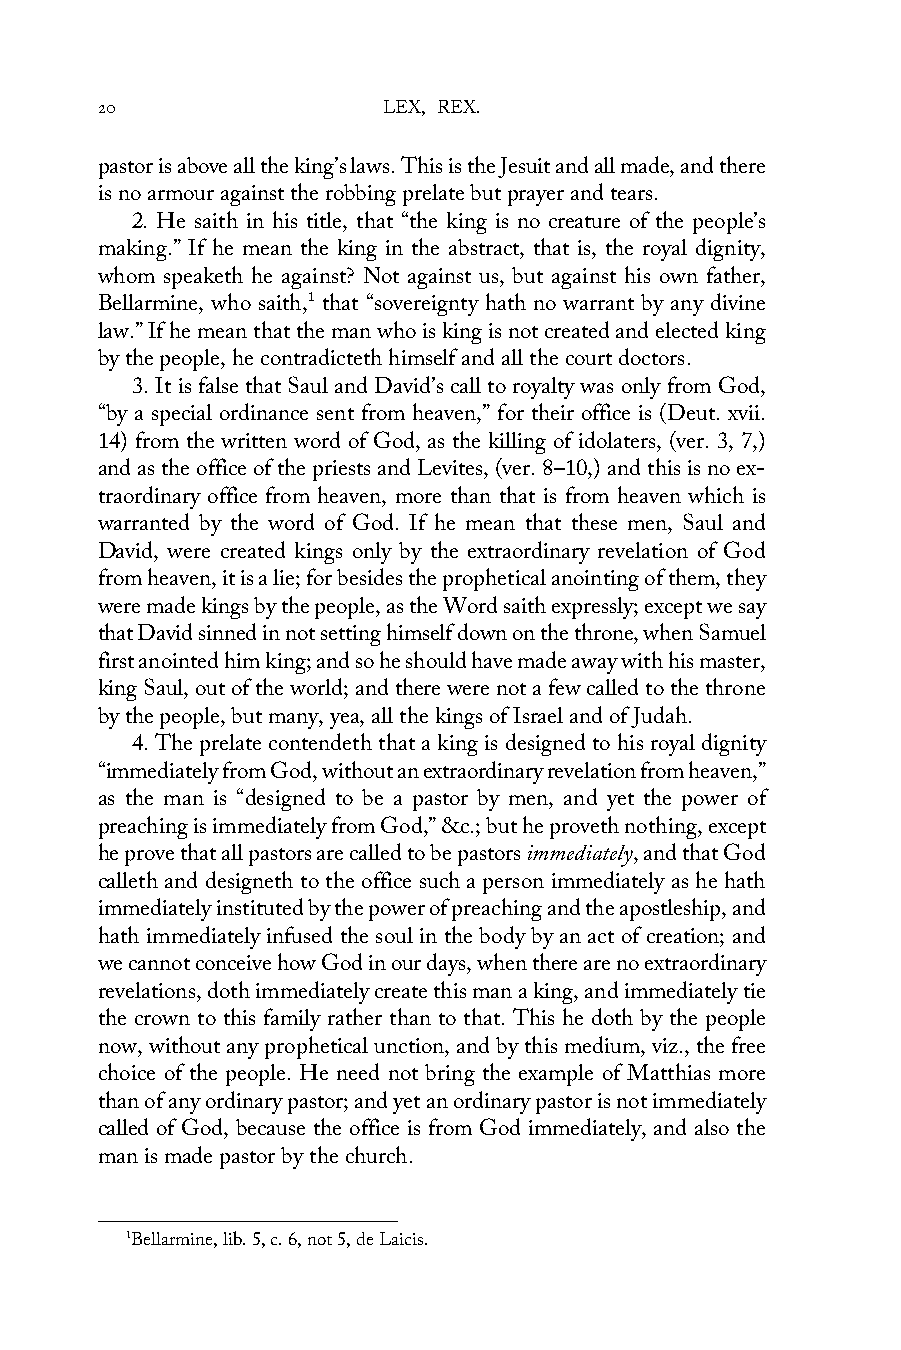
20                 LEX, REX.
 pastor is above all the king’s laws. This is the Jesuit and all made, and there
 is no armour against the robbing prelate but prayer and tears.
 2. He saith in his title, that “the king is no creature of the people’s
 making.” If he mean the king in the abstract, that is, the royal dignity,
 whom speaketh he against? Not against us, but against his own father,
 Bellarmine, who saith,1 that “sovereignty hath no warrant by any divine
 law.” If he mean that the man who is king is not created and elected king
 by the people, he contradicteth himself and all the court doctors.
 3. It is false that Saul and David’s call to royalty was only from God,
 “by a special ordinance sent from heaven,” for their office is (Deut. xvii.
 14) from the written word of God, as the killing of idolaters, (ver. 3, 7,)
 and as the office of the priests and Levites, (ver. 8–10,) and this is no ex-
 traordinary office from heaven, more than that is from heaven which is
 warranted by the word of God. If he mean that these men, Saul and
 David, were created kings only by the extraordinary revelation of God
 from heaven, it is a lie; for besides the prophetical anointing of them, they
 were made kings by the people, as the Word saith expressly; except we say
 that David sinned in not setting himself down on the throne, when Samuel
 first anointed him king; and so he should have made away with his master,
 king Saul, out of the world; and there were not a few called to the throne
 by the people, but many, yea, all the kings of Israel and of Judah.
 4. The prelate contendeth that a king is designed to his royal dignity
 “immediately from God, without an extraordinary revelation from heaven,”
 as the man is “designed to be a pastor by men, and yet the power of
 preaching is immediately from God,” &c.; but he proveth nothing, except
 he prove that all pastors are called to be pastors immediately, and that God
 calleth and designeth to the office such a person immediately as he hath
 immediately instituted by the power of preaching and the apostleship, and
 hath immediately infused the soul in the body by an act of creation; and
 we cannot conceive how God in our days, when there are no extraordinary
 revelations, doth immediately create this man a king, and immediately tie
 the crown to this family rather than to that. This he doth by the people
 now, without any prophetical unction, and by this medium, viz., the free
 choice of the people. He need not bring the example of Matthias more
 than of any ordinary pastor; and yet an ordinary pastor is not immediately
 called of God, because the office is from God immediately, and also the
 man is made pastor by the church.
 1Bellarmine, lib. 5, c. 6, not 5, de Laicis.